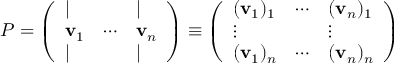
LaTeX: P = { \left( \begin{array} { l l l } { | } & { } & { | } \\ { \mathbf { v } _ { 1 } } & { \cdots } & { \mathbf { v } _ { n } } \\ { | } & { } & { | } \end{array} \right) } \equiv { \left( \begin{array} { l l l } { ( \mathbf { v } _ { 1 } ) _ { 1 } } & { \cdots } & { ( \mathbf { v } _ { n } ) _ { 1 } } \\ { \vdots } & { } & { \vdots } \\ { ( \mathbf { v } _ { 1 } ) _ { n } } & { \cdots } & { ( \mathbf { v } _ { n } ) _ { n } } \end{array} \right) }